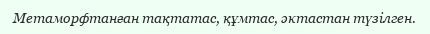
Метаморфтанған тақтатас, құмтас, әктастан түзілген.